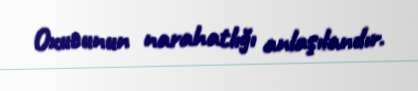
Oxucunun narahatlığı anlaşılandır.